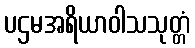
ပဌမအရိယာဝါသသုတ္တံ